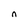
Character: n